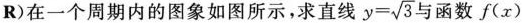
R)在一个周期内的图象如图所示，求直线$$y= \sqrt{3}$$与函数f(x)